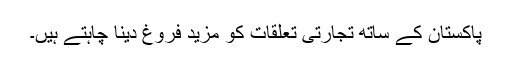
پاکستان کے ساتھ تجارتی تعلقات کو مزید فروغ دینا چاہتے ہیں۔